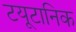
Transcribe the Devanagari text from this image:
टयूटानिक